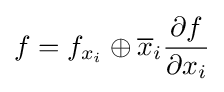
f=f_{x_{i}}\oplus {\overline {x}}_{i}{\frac {\partial f}{\partial x_{i}}}